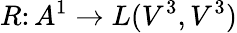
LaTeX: R\colon A^{1}\to L(V^{3},V^{3})